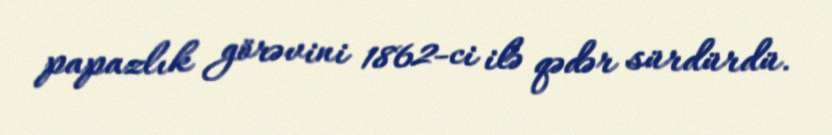
papazlık görəvini 1862-ci ilə qədər sürdürdü.